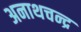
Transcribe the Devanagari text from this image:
अनाथचन्द्र